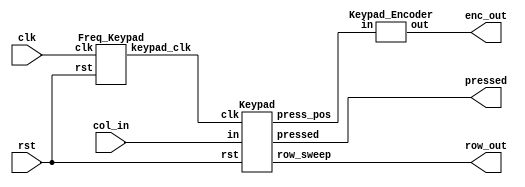
//need another frequency divider for down_scale frequency
/********************************************************
Pseudo:

Row    :  Sweep by the clcok , each 4 clk cycle change to next row
Column :  Sweep for each row,  when the bottom is pressed
		  it would output 1 , such as 0100 for the current column


But there is a problem, what if  I keep pressing the buttom,
but the column detector would output 0100 every 16 clk cycle,
In this scenario, how do we know, we are presssing or double pressing.

Solution 1
		Since all my circuit is trigger through column_select !!
if we detect the pressed, and the bottom is still be pressed,
I first stop the column from shifting to next ~~ Stop sweeping the column
until I realeased the bottom, (negative edge trigger)

		What about the row ?? 
		Since my row is shifted by my column_select....
So, if I didn't change my column, my row wouldn't changed....
Therefore my row is never been shifted ...... That is the reason why
I could fixed my detection at the same row_select and column_select


Remark :
		There is other solution for sigle counter triggering 
We choose the pull up circuit configuration of the input(column)......

Solution2 :

As my row is select through 0111
      row 
		0          p
		1
		1
		1
		 ------------  -VCC connected
          1  1  1  0

as pressed is detected , we just fix the row output ...
as pressed is released, row start shifting ........

  ******************************************************/
module Keypad_Top(clk, rst, col_in, row_out, enc_out, pressed);
		input clk, rst;
		input [3:0] col_in;
		output [3:0] row_out;
		output [7:0] enc_out;
		output pressed;
		wire keypad_clk;
		wire [7:0] keypad_code;  //   pattern {col[3:0], row[3:0]}
		Freq_Keypad freq_for_keypad(clk, rst, keypad_clk);

		Keypad keypad_sweep(keypad_clk,rst,col_in,row_out,keypad_code, pressed);

		Keypad_Encoder keypad_enc(keypad_code, enc_out);

endmodule






module Freq_Keypad(clk, rst ,keypad_clk);
		input clk,rst;
		output reg keypad_clk;

		integer i =0 ;

		always@(posedge clk or posedge rst)begin
		if(rst) begin
				i =0;
				keypad_clk = 1'b0;
				end

		else if(i<312500)begin
				keypad_clk = 1'b0;
				i = i +1;
				end

		else if(i<625000)begin
				keypad_clk = 1'b1;
				i = i +1;		
				end

		else i = 0;

		end



endmodule




module  Keypad( clk, rst, in, row_sweep,press_pos, pressed );
		input clk, rst;
		input [3:0] in;
		output [3:0] row_sweep; // updated 
		output [7:0]press_pos;
		output reg pressed;
		reg [3:0] col_next, col_current;
     	reg [3:0] row_next, row_current;

		reg [7:0] press_pos;

		always@(posedge clk or posedge rst)begin
				if(rst) col_current <= 4'b1000;
				else if( in == col_current) ; // to stop the clock of col_current  *************
				else col_current <=  col_next;
		end


		





//   This is for press detection
		always@(*)begin

				if(in == col_current) begin
				press_pos =  rst ? {8{1'b1}}  : {in,row_current};
				pressed = 1'b1;
				end

				else pressed = 1'b0;
		end

//  Because of our keypad configuration is {column[3:0], row[3:0] }


		always@(col_current)begin//  as col_current_chaged !!! execute 
				col_next = {col_current[0] , col_current[3:1]} ;// shift right
		end



		always@(negedge col_current[3] or posedge rst)begin
				if(rst) row_current<= 4'b1000;
				else row_current <= row_next;
		end

		always@(row_current)begin
				row_next = {row_current[0], row_current[3:1]} ;
		end

		assign row_sweep = row_current;


endmodule


`define zero   8'b10000001
`define one    8'b01000001
`define two    8'b01000010
`define three  8'b01000100
`define four   8'b00100001
`define five   8'b00100010
`define six    8'b00100100
`define seven  8'b00010001
`define eight  8'b00010010
`define nine   8'b00010100
`define A_add  8'b10000010
`define B_sub  8'b10000100
`define f_mult 8'b10001000
`define Cclear 8'b00011000
`define E_qual 8'b01001000
`define D_ivid 8'b00101000

module Keypad_Encoder(in,out);
		input [7:0] in;
		output reg [7:0] out;
		always@(*) begin
				casez(in)
				`zero  : out =  8'b0;
				`one   : out =  8'd1;
				`two   : out =  8'd2;
				`three : out =  8'd3;
				`four  : out =  8'd4;
				`five  : out =  8'd5;
				`six   : out =  8'd6;
				`seven : out =  8'd7;
				`eight : out =  8'd8;
				`nine  : out =  8'd9;

				`A_add : out = `A_add;
				`B_sub : out = `B_sub;
				`f_mult: out = `f_mult;
				`E_qual: out = `E_qual;
				`D_ivid: out = `D_ivid;
				`Cclear: out = `Cclear;
				
				default : out = 8'b11111111;
		endcase
		end
endmodule